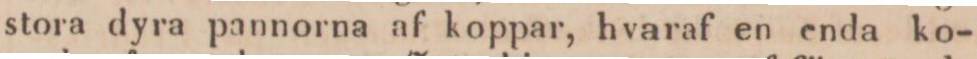
stora dyra pannorna af koppar, hvaraf en enda ko-